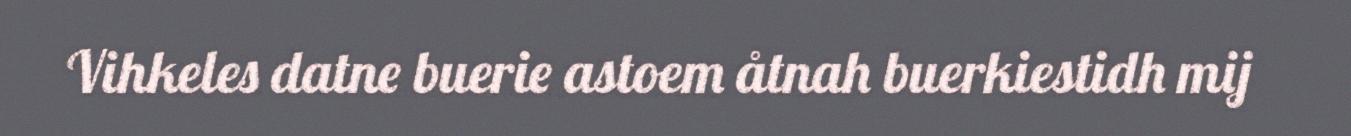
Vihkeles datne buerie astoem åtnah buerkiestidh mij